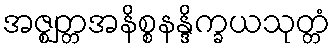
အဇ္ဈတ္တအနိစ္စနန္ဒိက္ခယသုတ္တံ